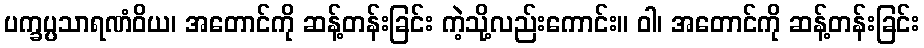
ပက္ခပ္ပသာရဏံဝိယ၊ အတောင်ကို ဆန့်တန်းခြင်း ကဲ့သို့လည်းကောင်း။ ဝါ၊ အတောင်ကို ဆန့်တန်းခြင်း